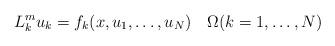
LaTeX: \begin{align*} L_k^m u_k = f_k(x,u_1,\ldots,u_N) \quad\Omega (k=1,\ldots,N) \end{align*}